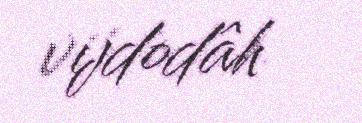
vijdodâh